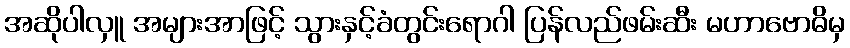
အဆိုပါလှူ အများအာဖြင့် သွားနှင့်ခံတွင်းရောဂါ ပြန်လည်ဖမ်းဆီး မဟာဗောဓိမှ